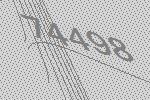
74498